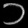
Digit: ၁